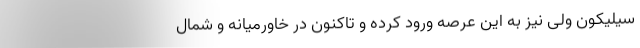
سیلیکون ولی نیز به این عرصه ورود کرده و تاکنون در خاورمیانه و شمال